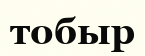
тобыр